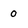
Character: 0